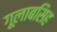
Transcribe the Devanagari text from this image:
गूलाबसिह